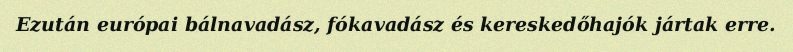
Ezután európai bálnavadász, fókavadász és kereskedőhajók jártak erre.